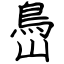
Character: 㠀